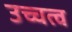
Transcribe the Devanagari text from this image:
उच्चत्व